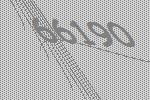
66190